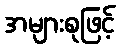
အများစုဖြင့်